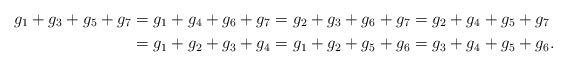
LaTeX: \begin{align*} g_1+g_3+g_5+g_7 &=g_1+g_4+g_6+g_7 =g_2+g_3+g_6+g_7 =g_2+g_4+g_5+g_7\\ &=g_1+g_2+g_3+g_4 =g_1+g_2+g_5+g_6 =g_3+g_4+g_5+g_6. \end{align*}